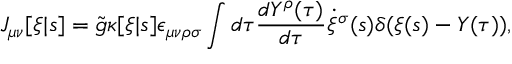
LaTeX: J _ { \mu \nu } [ \xi | s ] = \tilde { g } \kappa [ \xi | s ] \epsilon _ { \mu \nu \rho \sigma } \int d \tau \frac { d Y ^ { \rho } ( \tau ) } { d \tau } \dot { \xi } ^ { \sigma } ( s ) \delta ( \xi ( s ) - Y ( \tau ) ) ,